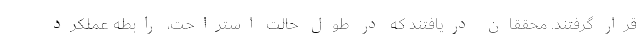
قرار گرفتند. محققان دریافتند که در طول حالت استراحت، رابطه عملکرد